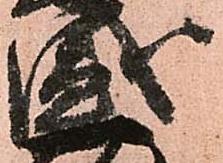
盛